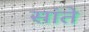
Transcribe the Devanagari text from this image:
सांते